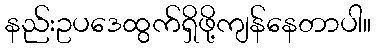
နည်းဥပဒေထွက်ရှိဖို့ကျန်နေတာပါ။